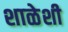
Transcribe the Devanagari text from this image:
शाळेशी